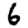
Digit: 6